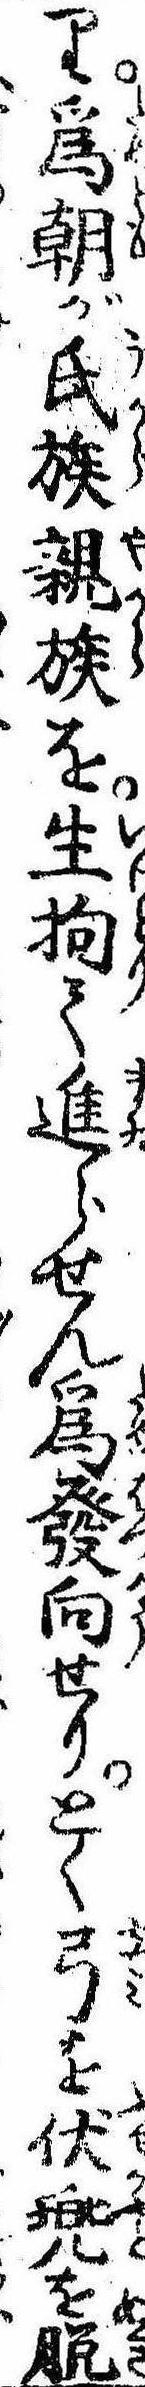
り為朝が氏族親族を生拘て進らせん為発向せりとく弓を伏兜を脱